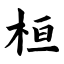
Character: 桓